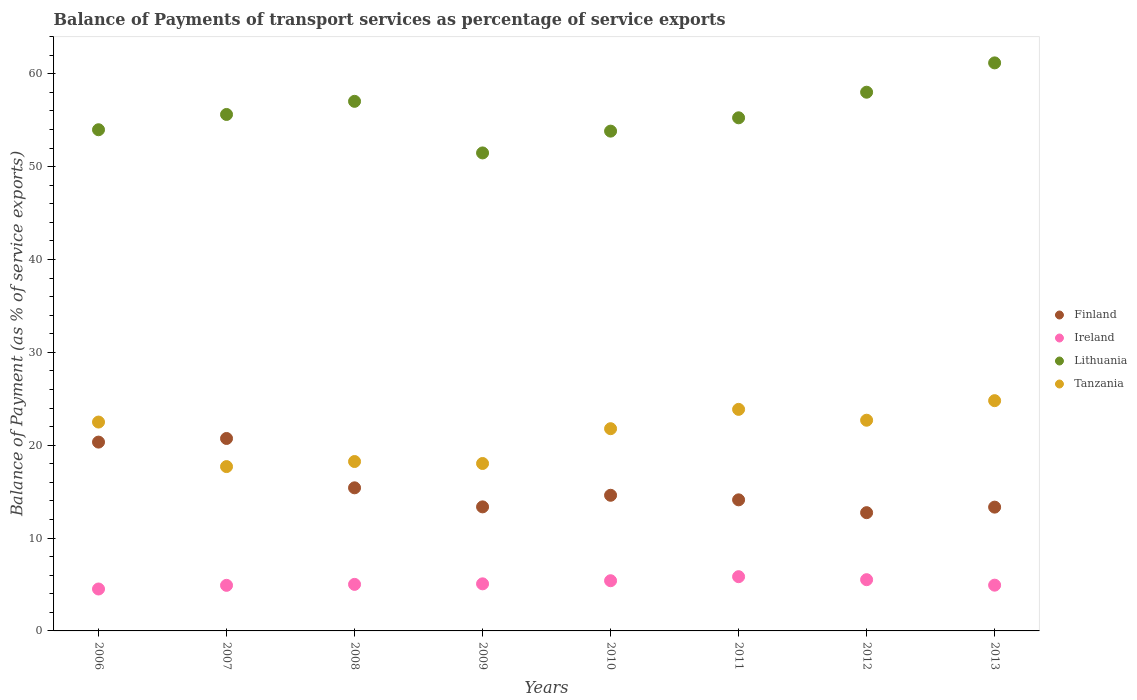
| Years | Finland | Ireland | Lithuania | Tanzania |
 | --- | --- | --- | --- | --- |
 | 2006 | 20.3 | 4.52 | 54 | 22.5 |
 | 2007 | 20.7 | 4.91 | 55.6 | 17.7 |
 | 2008 | 15.4 | 5.01 | 57 | 18.2 |
 | 2009 | 13.4 | 5.07 | 51.5 | 18 |
 | 2010 | 14.6 | 5.4 | 53.8 | 21.8 |
 | 2011 | 14.1 | 5.84 | 55.3 | 23.9 |
 | 2012 | 12.7 | 5.52 | 58 | 22.7 |
 | 2013 | 13.3 | 4.93 | 61.2 | 24.8 |